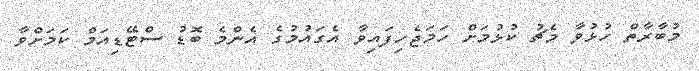
މުބާރާތް ހުޅުވާ މެޗު ކުޅުމަށް ހަމަޖެހިފައިވާ އެގައުމުގެ އެންމެ ބޮޑު ސްޓޭޑިއަމް ކަމަށްވާ